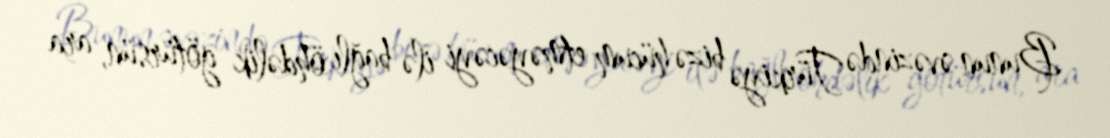
Bunun əvəzində Türkiyə bizə hücum etməyəcəyi ilə bağlı öhdəlik götürsün, ara